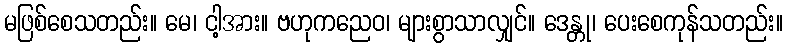
မဖြစ်စေသတည်း။ မေ၊ ငါ့အား။ ဗဟုကညေဝ၊ များစွာသာလျှင်။ ဒေန္တု၊ ပေးစေကုန်သတည်း။